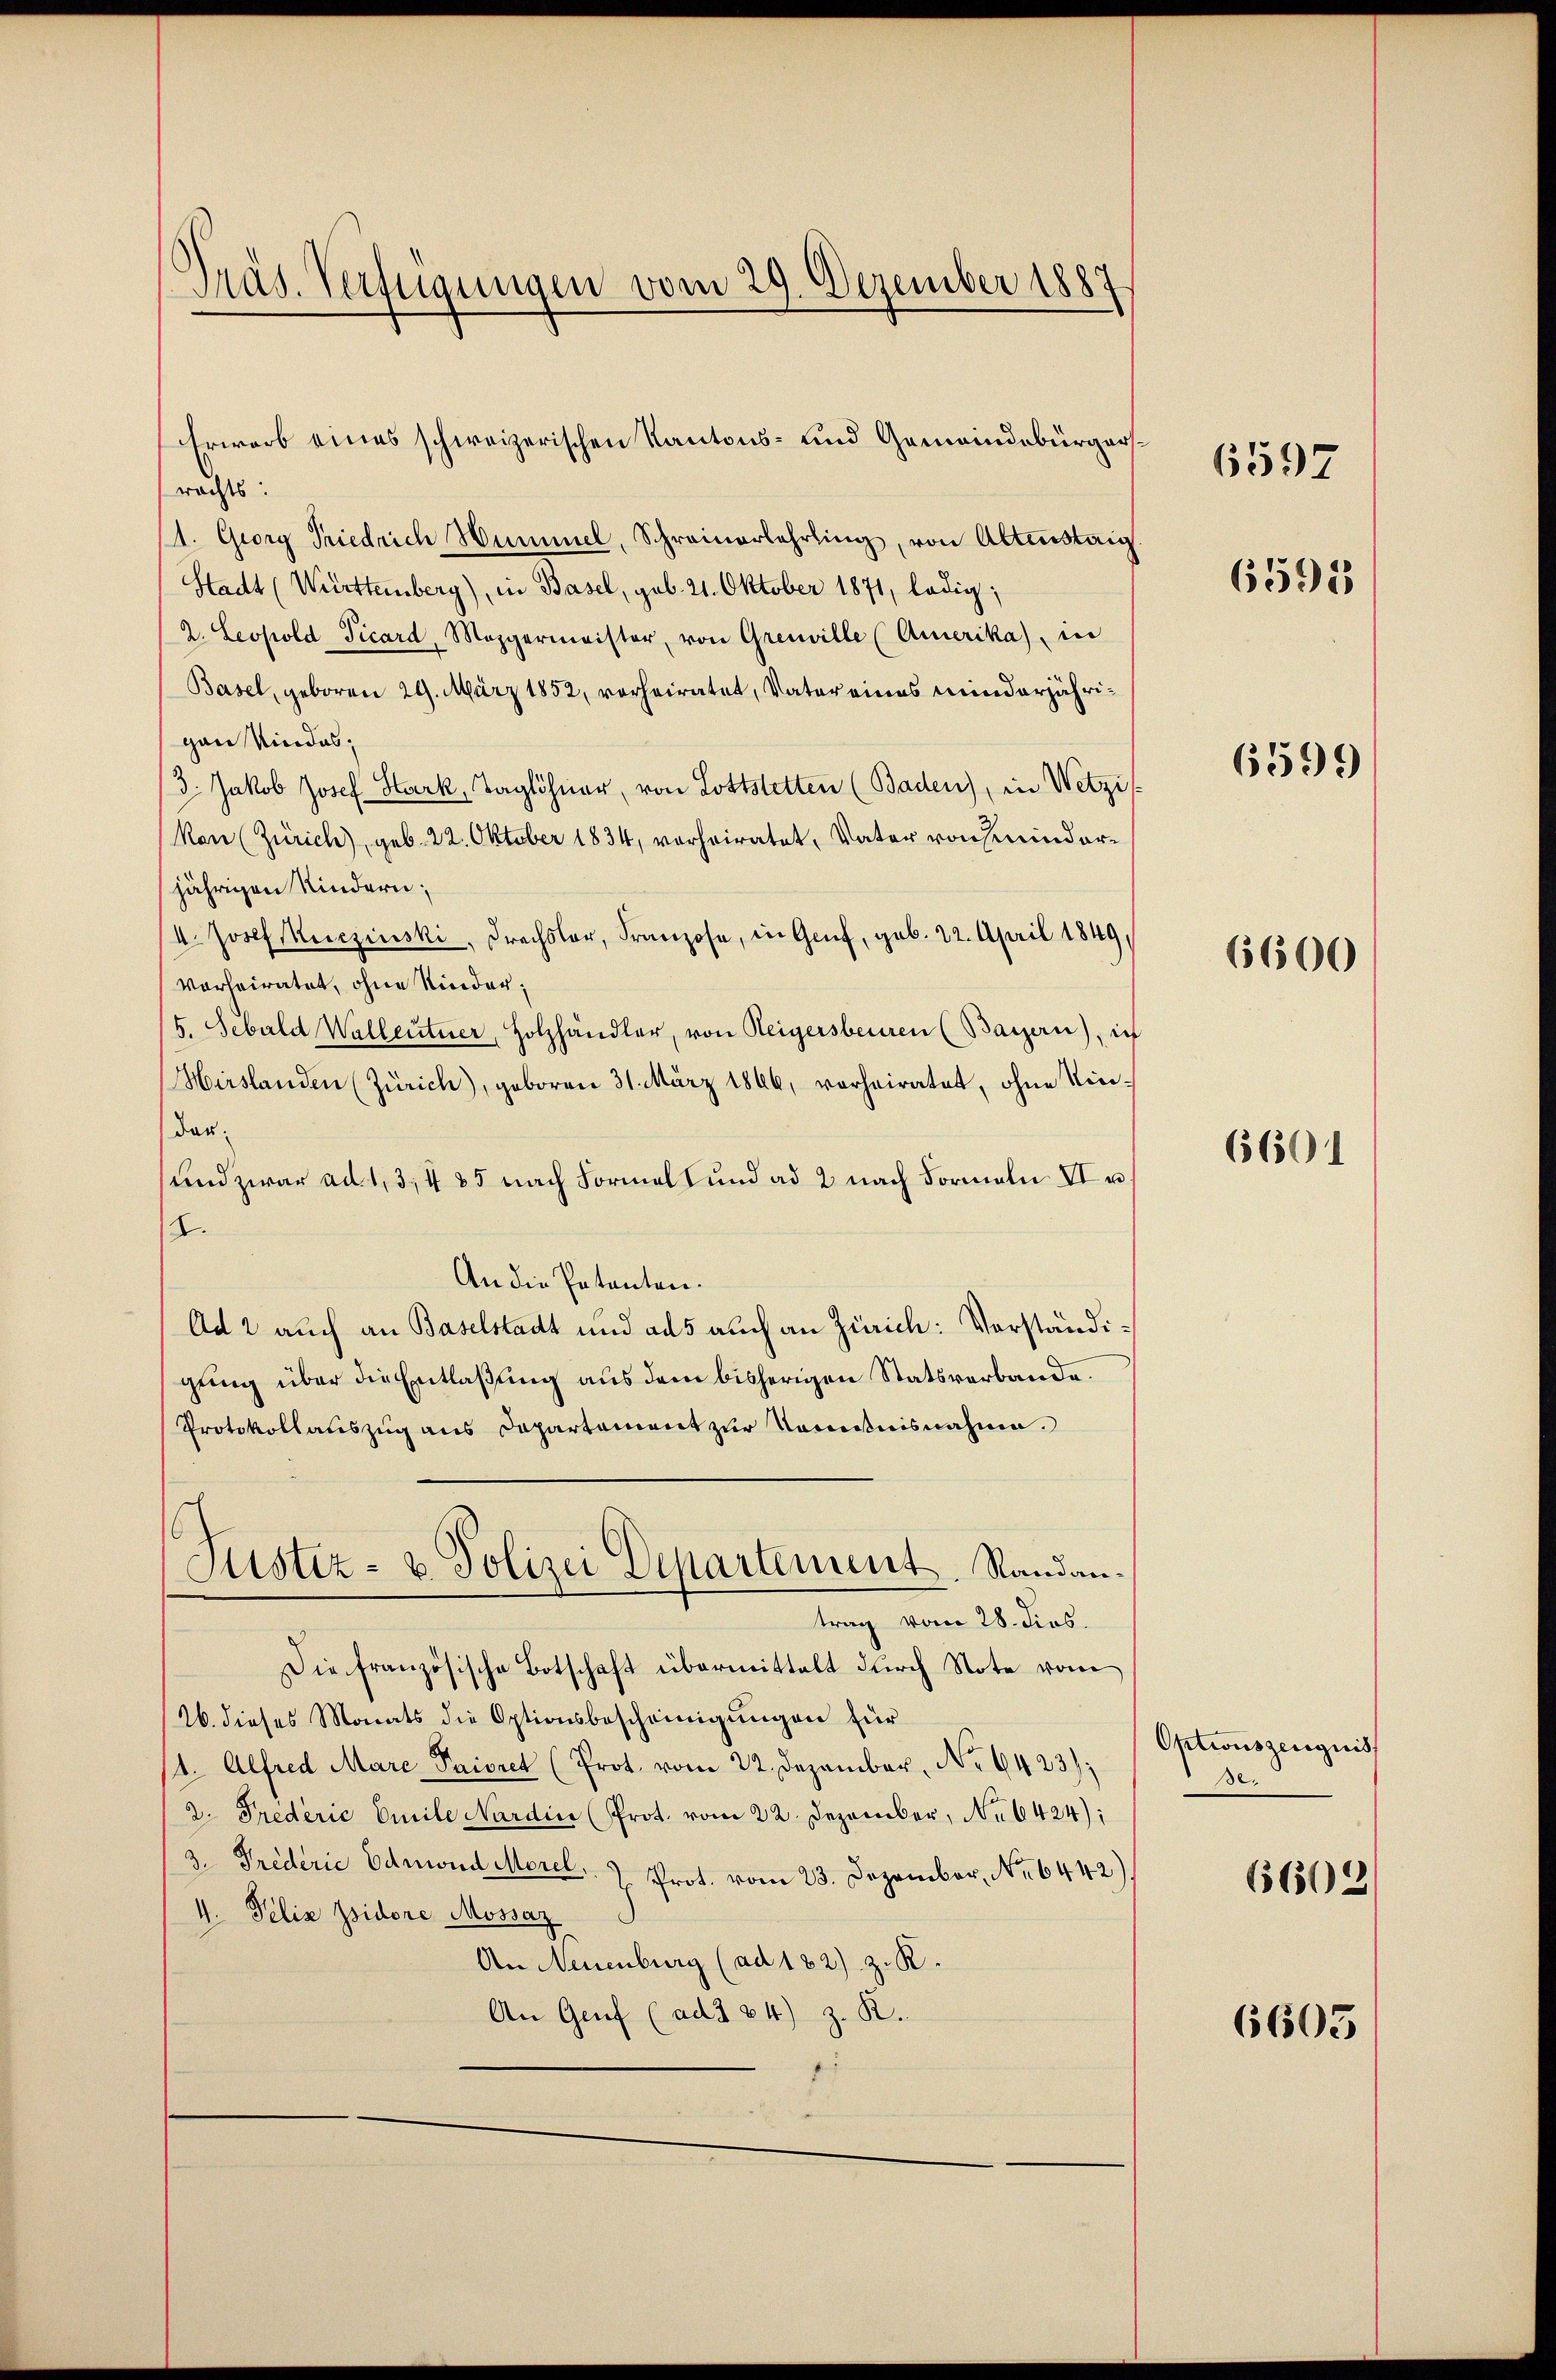
Präs. Verfügungen vom 29. Dezember 1887

Erwarb eines schweizerischen Kantons- und Gemeindebürgersrachts:
1. Georg Friedrich Hummel, Schreinerlehrling, von Altenstaig.
Stadt (Württemberg), in Basel, geb. 21. Oktober 1871, ledig;
2. Leopold Picard, Mezgermeister, von Greuville (Amerika) in
Basel, geboren 29. März 1852, vorheiratet, Vater eines minderjährigan Kindes,
3. Jakob Josef Hark, Taglöhner, von Lottstetten (Baden), in Wetzi
kon (Zürich), geb. 22. Oktober 1834, vorheiratet, Vater von Kinderjährigen Kindern;
I. Josef Keczinski, Frechsler, Franzose, in Genf, geb. 22. April 1849,
verheiratet, ohne Kinder¬
5. Sebald Wallentner, Holzhändler, von Reigersberren (Bayern), ich
Hirslanden (Zürich), geboren 31. März 1846, verheiratet, ohne Niedas.
und zwar ad 1,3,4 85 nach Formals und ad 2 nach Formeln VI u.
I.
An die Patenten.
Ad 2 auch an Baselstadt und ad 5 auch an Zürich: Vorständigung über die Entlaßung aus dem bisherigen Statsverbande.
Protokollauszug aus Dapartament zur Nominisnahme.
Justiz- & Polizei Departement, Randantrag vom 28. dies.
Die französische Botschaft übermittelt durch Note vom
26. dieses Monats die Optionsbescheinigungen für
1. Alfred Marc Paivre (Prot. vom 22. Dezember, No 6423);
2. Predérić Emile Nardin (Prot. vom 22. Dezember, No 6424);
3. Triderić Edmund Morel, Prot. vom 23. Dezember, Nr. 6442)
4. Felix Jsidore Mossaz
An Neuenburg (ad 182) z. R.
An Genf (ad 3 24) z. R.

6597

6591

6599

6600

6601

Optionszeugnis
Be.

66502/

6603